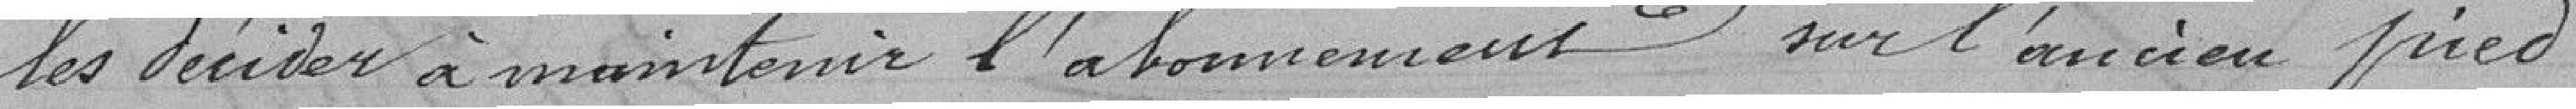
les décider à maintenir l'abonnement sur l'ancien pied.